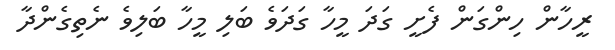
ރީހާން ހިންގަން ފެށީ ގަދަ މީހާ ގަދަވެ ބަލި މީހާ ބަލިވެ ނެތިގެންދާ